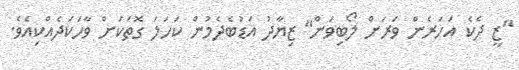
"ޒީ ދެކެ އަހަރެން ވަރަށް ލޯބިވަން" ޒިޔާދު އަޑުބެދެމުން ކަހަލަ ގޮތަކަށް ވާހަކަދެއްކިއެވެ.